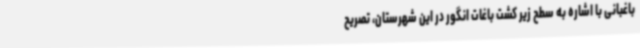
باغبانی با اشاره به سطح زیر کشت باغات انگور در این شهرستان، تصریح